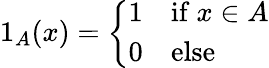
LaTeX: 1_{A}(x)={\left\{ \begin{array}{ll}{1}&{{\mathrm{if~}}x\in A}\\ {0}&{{\mathrm{else}}}\end{array}\right.}